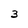
Character: 3